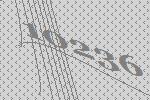
10236